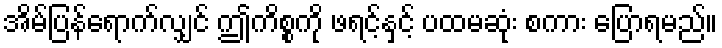
အိမ်ပြန်ရောက်လျှင် ဤကိစ္စကို ဖရင့်နှင့် ပထမဆုံး စကား ပြောရမည်။